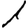
Digit: 1